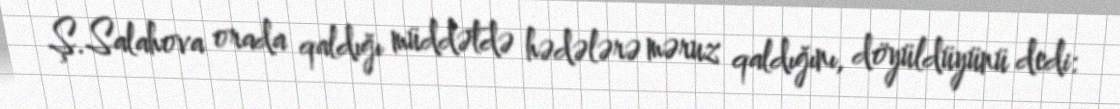
Ş.Salahova orada qaldığı müddətdə hədələrə məruz qaldığını, döyüldüyünü dedi: